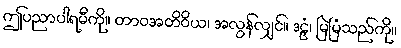
ဤပညာပါရမီကို။ တာဝအတိဝိယ၊ အလွန်လျှင်။ ဒဠှံ၊ မြဲမြံသည်ကို။